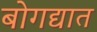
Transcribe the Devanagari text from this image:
बोगद्यात